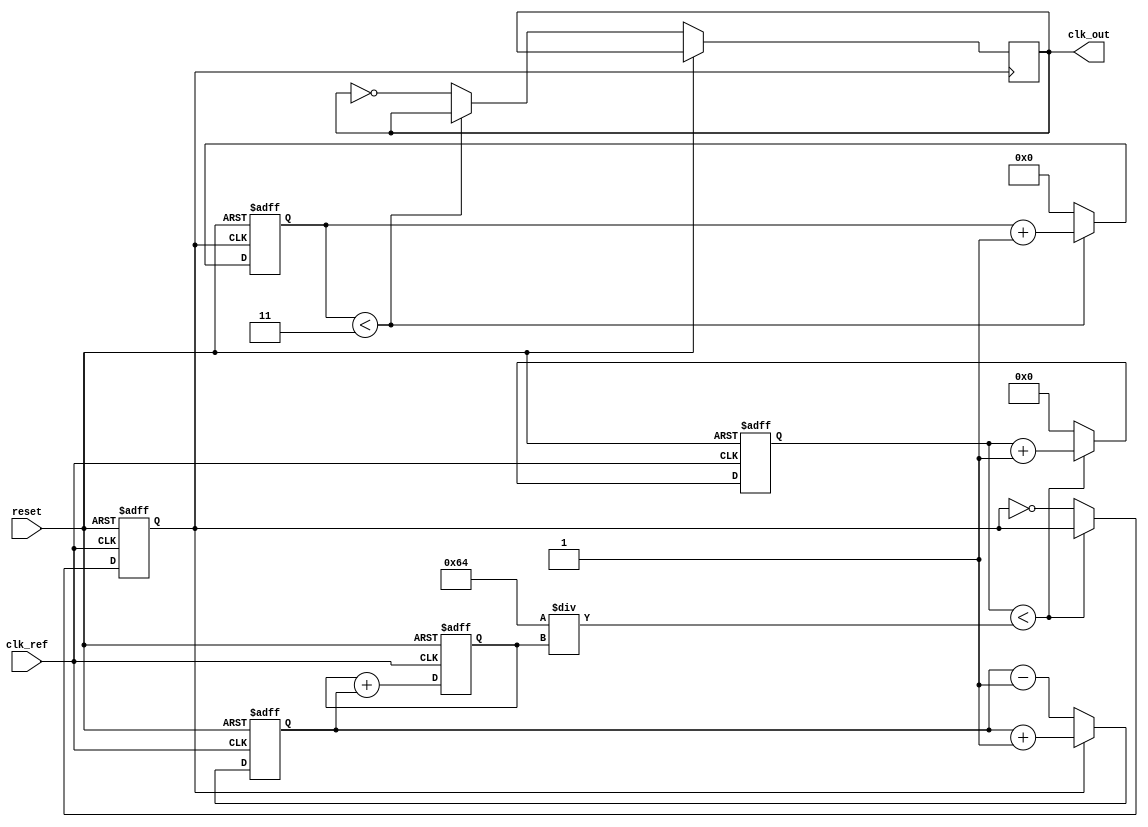
module low_jitter_pll (
    input wire clk_ref,       // Reference clock input
    input wire reset,         // Asynchronous reset
    output wire clk_out       // Output clock
);

    // Parameters for the PLL
    parameter DIV_FACTOR = 4; // Divider factor for feedback
    parameter VCO_MAX_FREQ = 100; // Maximum frequency of VCO in MHz
    parameter VCO_MIN_FREQ = 20;  // Minimum frequency of VCO in MHz
    parameter LOCK_TIME = 10; // Time to lock in clock cycles

    // Internal signals
    reg [3:0] phase_error; // Phase error output of the PD
    reg [7:0] control_voltage; // Control voltage for VCO
    reg vco_clk; // VCO output clock
    reg [31:0] counter; // Counter for VCO frequency generation
    reg [3:0] divider_counter; // Counter for feedback divider
    reg [3:0] lock_counter; // Counter for lock time

    // Phase Detector (PD) logic
    always @(posedge clk_ref or posedge reset) begin
        if (reset) begin
            phase_error <= 4'd0;
        end else begin
            // Basic phase detection logic (for illustration)
            phase_error <= (vco_clk) ? phase_error + 1 : phase_error - 1;
        end
    end

    // Loop Filter (LF) logic (simple first-order loop filter)
    always @(posedge clk_ref or posedge reset) begin
        if (reset) begin
            control_voltage <= 8'd0;
        end else begin
            control_voltage <= control_voltage + phase_error; // Adjust control voltage
        end
    end

    // Voltage-Controlled Oscillator (VCO) logic
    always @(posedge clk_ref or posedge reset) begin
        if (reset) begin
            vco_clk <= 1'b0;
            counter <= 32'd0;
        end else begin
            // Generate VCO clock based on control voltage
            if (counter < (VCO_MAX_FREQ / control_voltage)) begin
                counter <= counter + 1;
            end else begin
                vco_clk <= ~vco_clk; // Toggle VCO output
                counter <= 32'd0;
            end
        end
    end

    // Feedback Divider logic
    always @(posedge vco_clk or posedge reset) begin
        if (reset) begin
            divider_counter <= 4'd0;
        end else begin
            if (divider_counter < (DIV_FACTOR - 1)) begin
                divider_counter <= divider_counter + 1;
            end else begin
                clk_out <= ~clk_out; // Output clock
                divider_counter <= 4'd0; // Reset divider counter
            end
        end
    end

    // Lock detection logic (simple lock detection)
    always @(posedge clk_ref or posedge reset) begin
        if (reset) begin
            lock_counter <= 4'd0;
        end else if (phase_error == 4'd0) begin
            if (lock_counter < LOCK_TIME) begin
                lock_counter <= lock_counter + 1;
            end
        end else begin
            lock_counter <= 4'd0; // Reset lock counter on phase error
        end
    end

endmodule